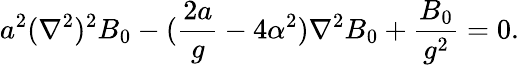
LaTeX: a^{2}(\nabla^{2})^{2}B_{0}-({\frac{2a}{g}}-4\alpha^{2})\nabla^{2}B_{0}+{\frac{B_{0}}{g^{2}}}=0.